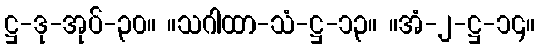
ဋ္ဌ-ဒု-အုပ်-၃၀။ ။သဂါထာ-သံ-ဋ္ဌ-၁၃။ ။အံ-၂-ဋ္ဌ-၁၄။